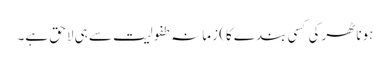
ہونا ٹھرکی کسی بندے کا) زمانہ طفولیت سے ہی لاحق ہے۔